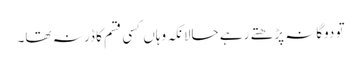
تو دوگانہ پڑھتے رہے حالانکہ وہاں کسی قسم کا ڈر نہ تھا۔